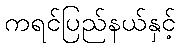
ကရင်ပြည်နယ်နှင့်